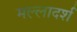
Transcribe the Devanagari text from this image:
मल्लादर्श